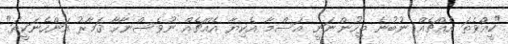
"ކީއްވެތަ އެއްޗެއް ނުބުނެ ތިހުންނަނީ އަސްމާ އެކިޔާ އެއްޗެއް ނުވެސްނާހާ ޤަމާރު އަންހެނަކީތަ"